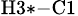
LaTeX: _\mathrm{H3*-C1}